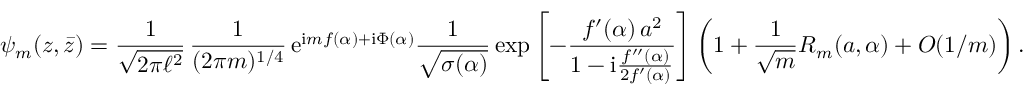
\psi _ { m } ( z , \bar { z } ) = \frac { 1 } { \sqrt { 2 \pi \ell ^ { 2 } } } \, \frac { 1 } { ( 2 \pi m ) ^ { 1 / 4 } } \, \mathrm { e } ^ { \mathrm { i } m f ( \alpha ) + \mathrm { i } \Phi ( \alpha ) } \frac { 1 } { \sqrt { \sigma ( \alpha ) } } \exp \left[ - \frac { f ^ { \prime } ( \alpha ) \, a ^ { 2 } } { 1 - \mathrm { i } \frac { f ^ { \prime \prime } ( \alpha ) } { 2 f ^ { \prime } ( \alpha ) } } \right] \left( 1 + \frac { 1 } { \sqrt { m } } R _ { m } ( a , \alpha ) + O ( 1 / m ) \right) .